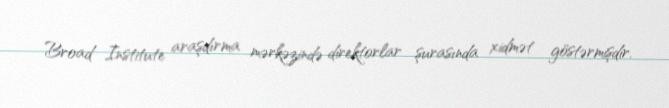
Broad Institute araşdırma mərkəzində direktorlar şurasında xidmət göstərmişdir.